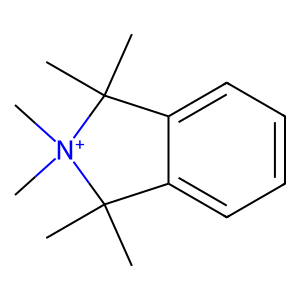
SMILES: CC1(C)c2ccccc2C(C)(C)[N+]1(C)C
Inhibits HIV replication: No